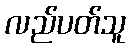
လည်ပတ်သူ